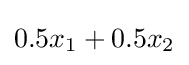
0.5x_{1}+0.5x_{2}